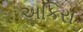
અકિરા